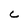
Character: C